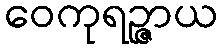
ဝေကုရဉ္ဇာယ